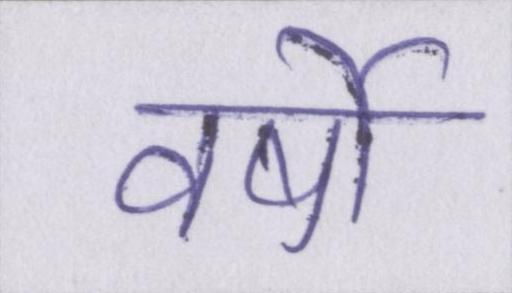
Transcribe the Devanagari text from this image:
वर्षो